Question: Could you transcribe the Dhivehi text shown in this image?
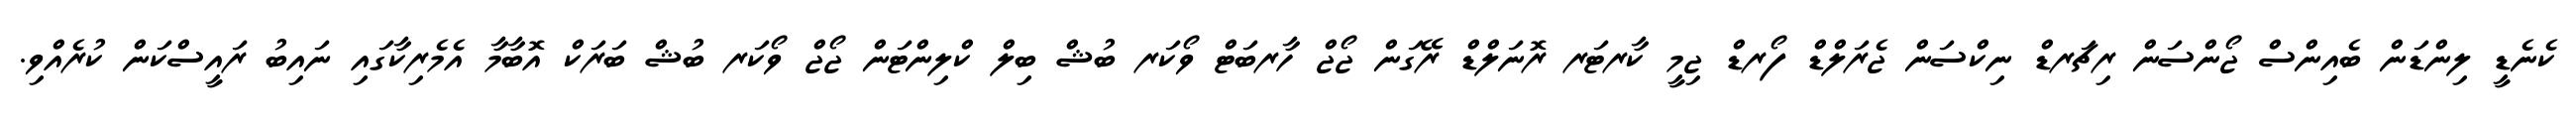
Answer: ކެނެޑީ ލިންޑަން ބެއިންސް ޖޯންސަން ރިޗަރޑް ނިކްސަން ޖެރަލްޑް ފޯރޑް ޖިމީ ކާރޓަރ ރޮނަލްޑް ރޭގަން ޖޯޖް ހާރބަޓް ވޯކަރ ބުޝް ބިލް ކްލިންޓަން ޖޯޖް ވޯކަރ ބުޝް ބަރަކް އޮބާމާ އެމެރިކާގައި ނައިބު ރައީސްކަން ކުރެއްވި.